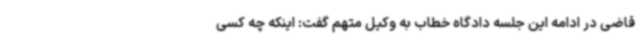
قاضی در ادامه این جلسه دادگاه خطاب به وکیل متهم گفت: اینکه چه کسی